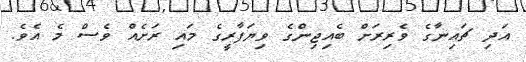
އަދި ޗައިނާގެ ވެރިރަށް ބެއިޖިންގެ ވިޔަފާރީގެ މައި ރަށެއް ވެސް މެ އެވެ.